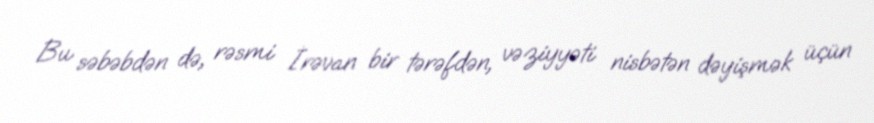
Bu səbəbdən də, rəsmi İrəvan bir tərəfdən, vəziyyəti nisbətən dəyişmək üçün